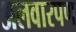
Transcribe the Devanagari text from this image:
अलवारपण